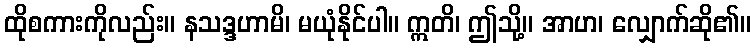
ထိုစကားကိုလည်း။ နသဒ္ဒဟာမိ၊ မယုံနိုင်ပါ။ ဣတိ၊ ဤသို့။ အာဟ၊ လျှောက်ဆို၏။